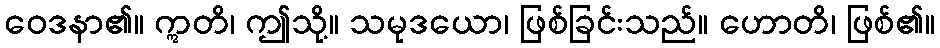
ဝေဒနာ၏။ ဣတိ၊ ဤသို့။ သမုဒယော၊ ဖြစ်ခြင်းသည်။ ဟောတိ၊ ဖြစ်၏။